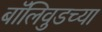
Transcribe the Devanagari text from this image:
बॉलिवुडच्या